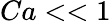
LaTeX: Ca<<1